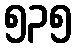
၅၃၅